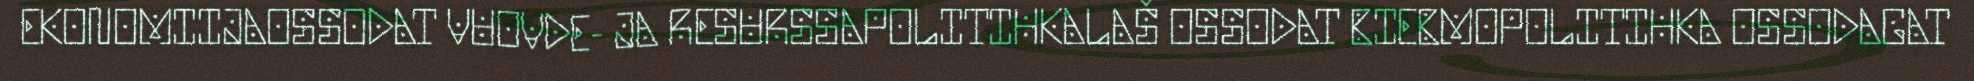
EKONOMIIJAOSSODAT VUOVDE- JA RESURSSAPOLITIHKALAŠ OSSODAT BIEBMOPOLITIHKA OSSODAGAT